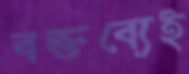
বক্তব্যেই